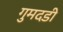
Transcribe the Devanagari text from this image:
गुमदडी